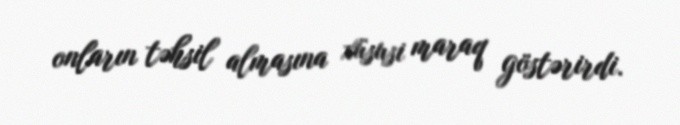
onların təhsil almasına xüsusi maraq göstərirdi.